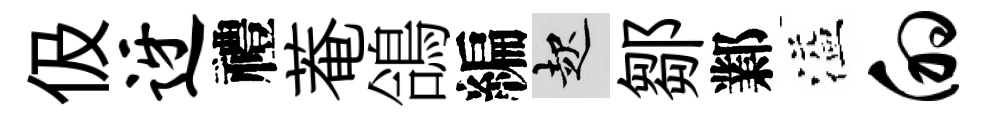
伋迓禮菴鴿編起鄒鄴溢的